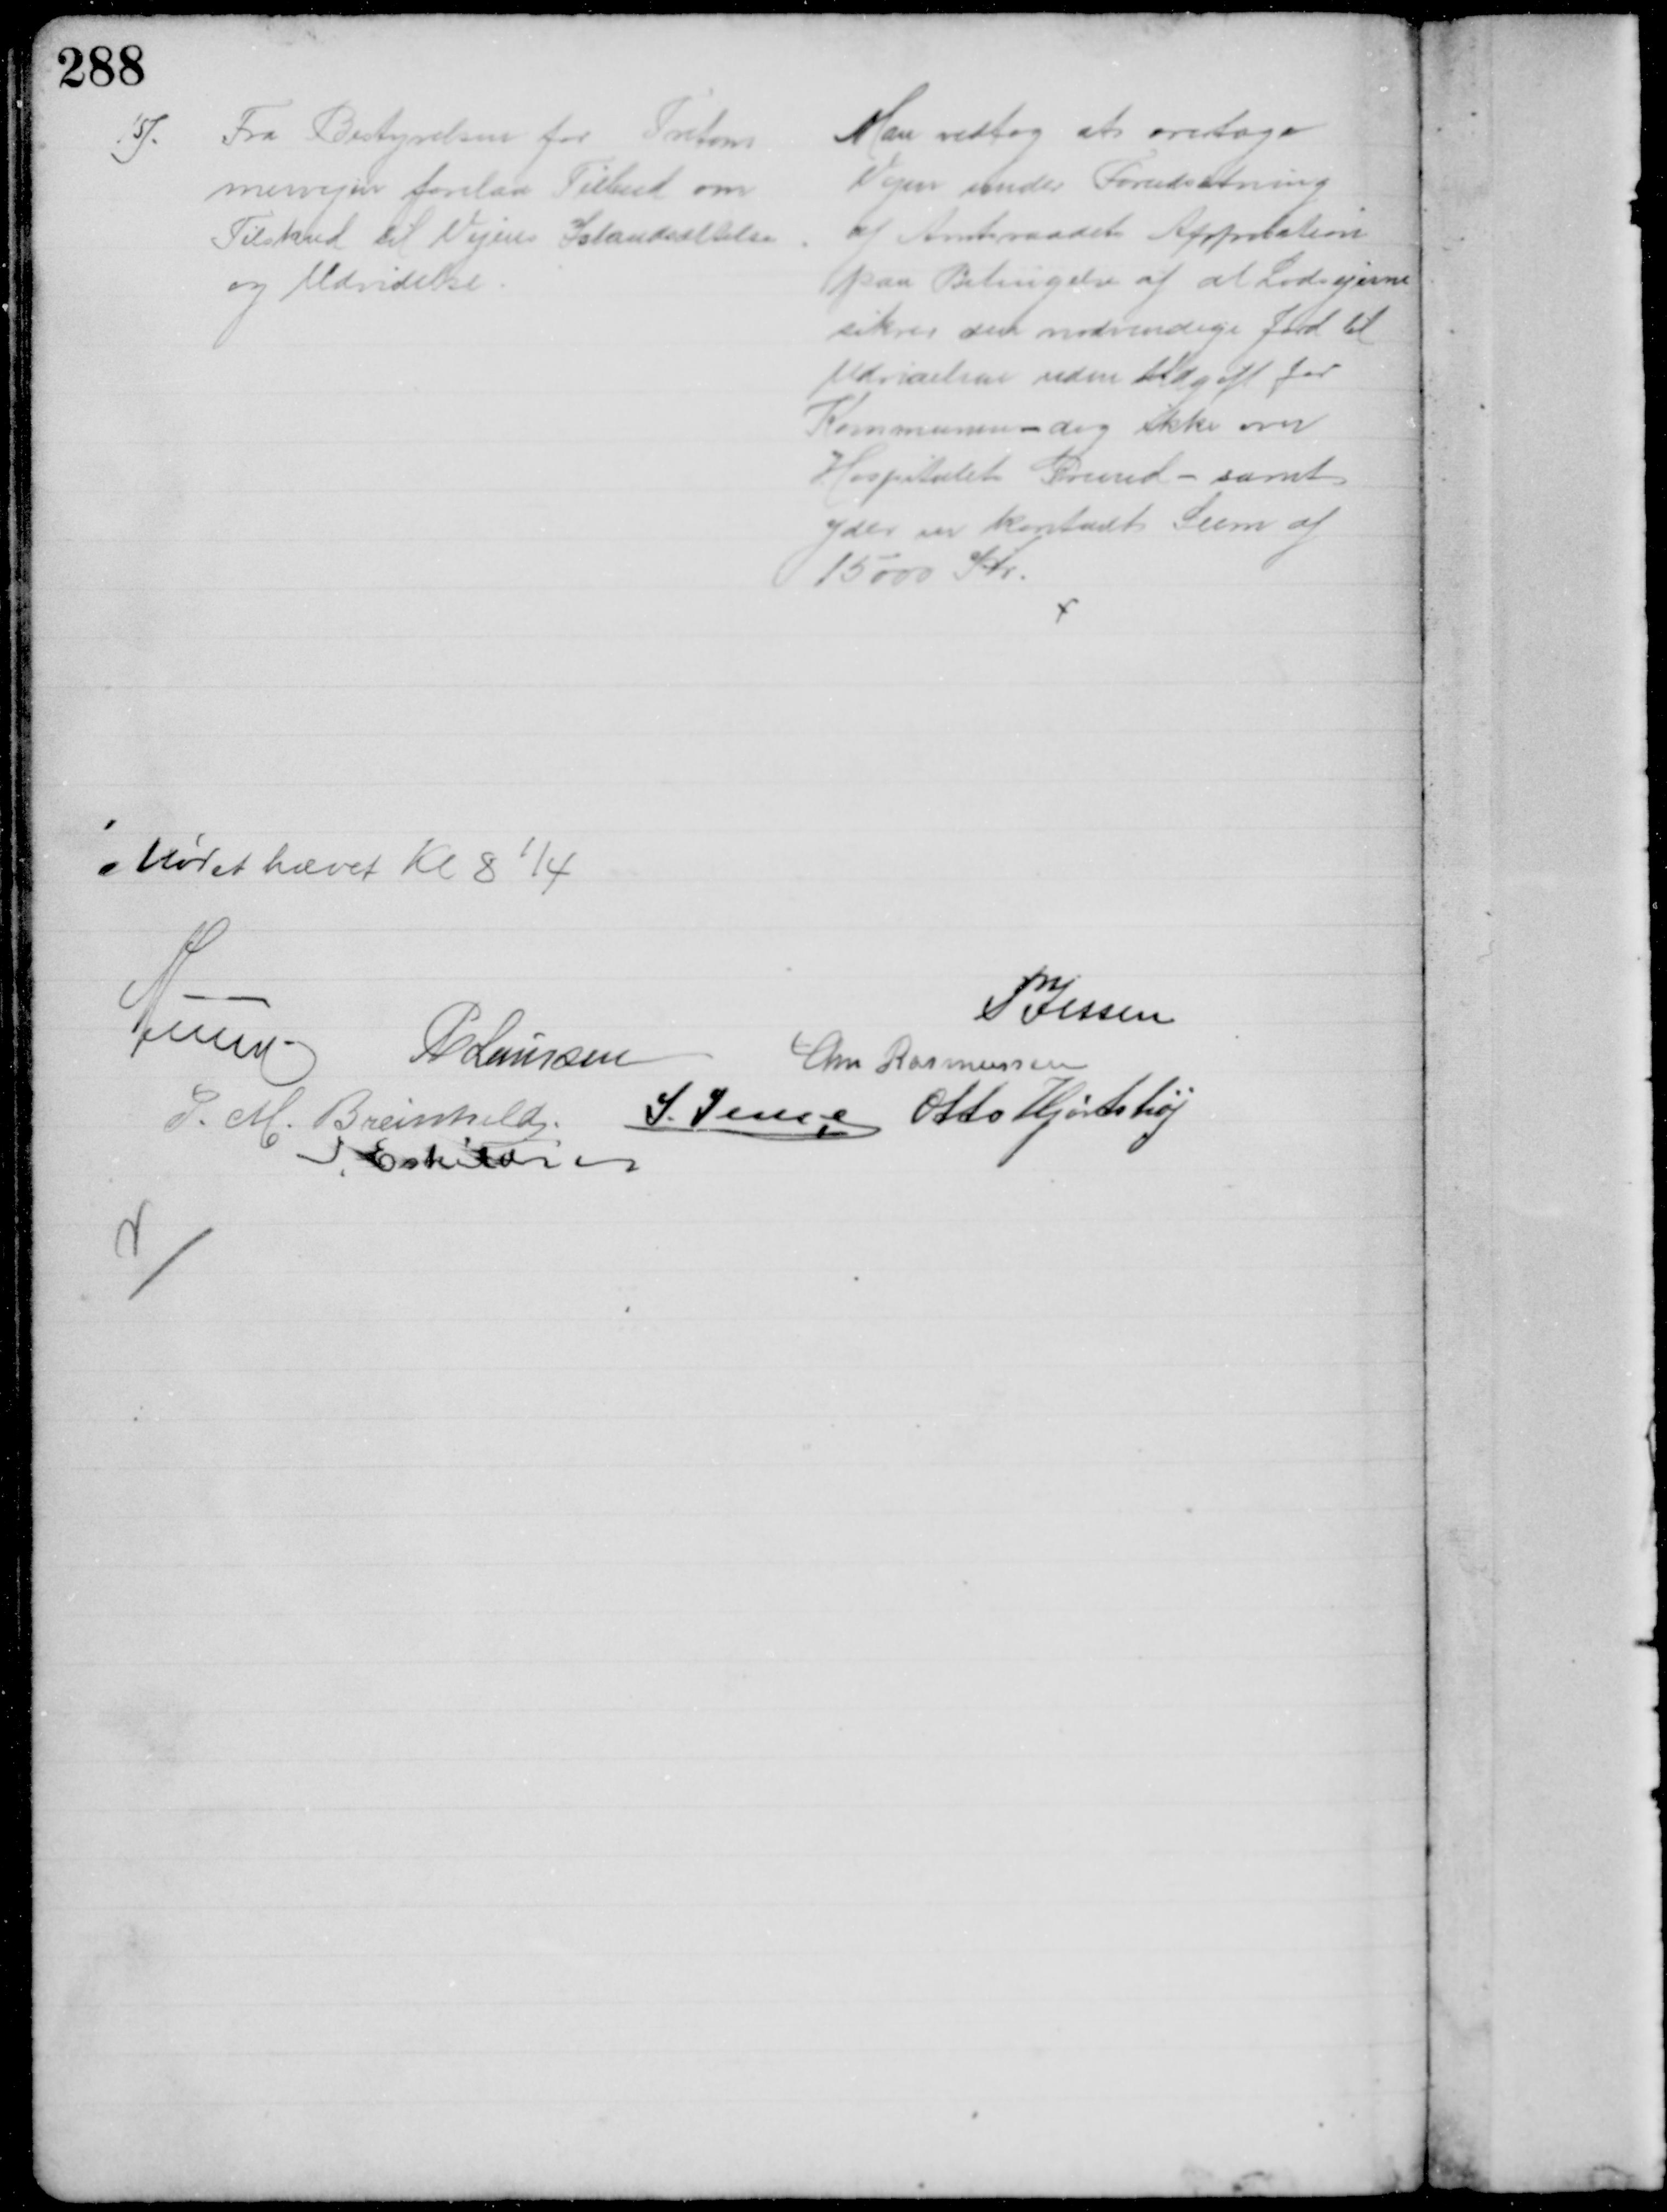
Transskription:
15).
Fra Bestyrelsen for Tretom
mervejen forelaa Tilbud om
Tilskud til Vejens Istandsættelse
og Udvidelse.
Man vedtog at overtage
Vejen under Forudsætning
af Amtsraadets Approbation
paa Betingelse af at Lodsejerne
sikrer den nødvendige Jord til
Udvidelsen uden Udgift for
Kommunen - dog ikke over
Hospitalets Grund - samt
yder er kontant Sum af
15000 Kr.
Mødet hævet Kl 8¼
A Lund
P Jessen
P. Laursen
Chr Rasmussen
P. M. Breinhild
J. Jensen Otto Hjortshøj
I. Eskildsen